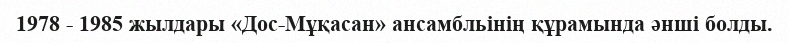
1978 - 1985 жылдары «Дос-Мұқасан» ансамбльінің құрамында әнші болды.